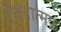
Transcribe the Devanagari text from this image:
ऐंठनात्मक